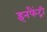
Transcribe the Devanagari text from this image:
इनफैंट्री